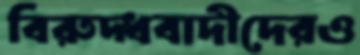
বিরুদ্ধবাদীদেরও